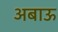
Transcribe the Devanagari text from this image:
अबाऊ